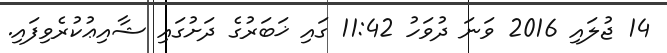
14 ޖުލައި 2016 ވަނަ ދުވަހު 11:42 ގައި ޚަބަރުގެ ދަށުގައި ޝާއިޢުކުރެވިފައި.